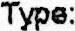
TYPE: